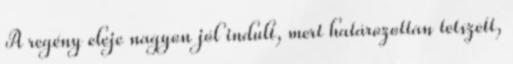
A regény eleje nagyon jól indult, mert határozottan tetszett,